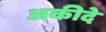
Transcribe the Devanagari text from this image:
अकीदे